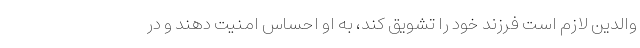
والدین لازم است فرزند خود را تشویق کند، به او احساس امنیت دهند و در